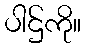
ပါဌ်ကို။